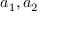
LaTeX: a _ { 1 } , a _ { 2 }